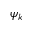
\psi _ { k }